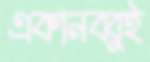
একানব্বুই